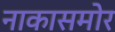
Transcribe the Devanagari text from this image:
नाकासमोर